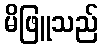
မိဖြူသည်